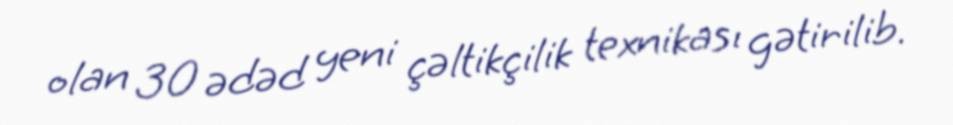
olan 30 ədəd yeni çəltikçilik texnikası gətirilib.